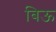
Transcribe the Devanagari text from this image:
बिऊ